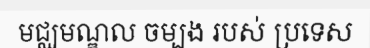
មជ្ឈមណ្ឌល ចម្បង របស់ ប្រទេស